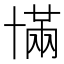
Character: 𫧥